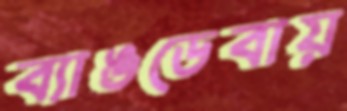
ব্যাঙডেবায়